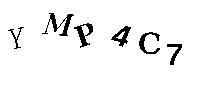
YMP4C7